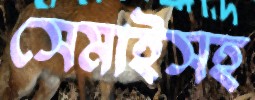
সেমাইসহ